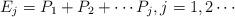
LaTeX: \begin{align*}E_j=P_1 +P_{2}+\cdots P_{j},j=1,2\cdots\end{align*}